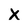
Character: X